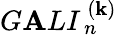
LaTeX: G\mathbf{A}LI_{\, n}^{\, (\mathbf{k})}